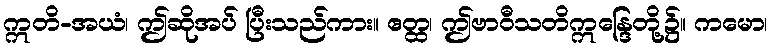
ဣတိ-အယံ၊ ဤဆိုအပ် ပြီးသည်ကား။ ဧတ္ထ၊ ဤဗာဝီသတိဣန္ဒြေတို့၌။ ကမော၊